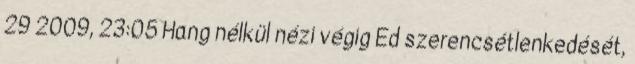
29 2009, 23:05 Hang nélkül nézi végig Ed szerencsétlenkedését,